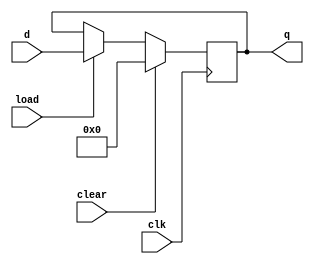
module reg8 # (parameter WIDTH = 8)
(input clk, clear, load,
input [WIDTH-1:0] d,
output reg [WIDTH-1:0] q);

always @ (posedge clk) begin
	if (clear) q <= 0;
	else if (load) q <= d;
end

endmodule